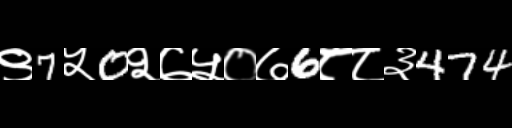
Text: ९7५0२७५०७6८८३474